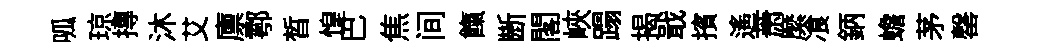
呱琼摶沐艾廪鄠晳惶巴焦间餼㫁閣峽蹋揭戢擯遙萧縻飡鈵蟾茅罄